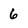
Character: 6